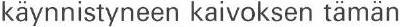
käynnistyneen kaivoksen tämän